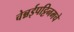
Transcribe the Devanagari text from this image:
चेन्नईपट्टिनमचे